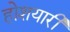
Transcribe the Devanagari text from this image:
होशयारी